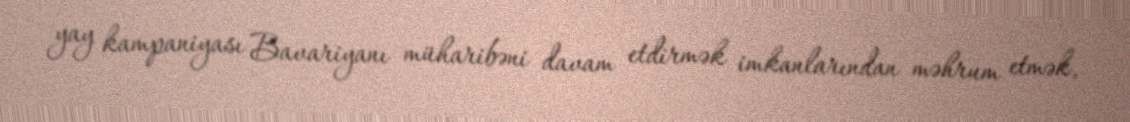
yay kampaniyası Bavariyanı müharibəni davam etdirmək imkanlarından məhrum etmək,